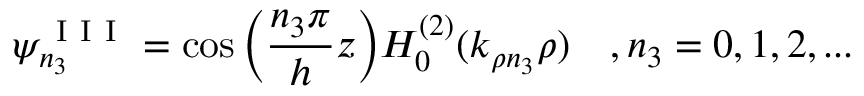
\psi _ { n _ { 3 } } ^ { \mathrm { ~ I ~ I ~ I ~ } } = \cos \Big ( \frac { n _ { 3 } \pi } { h } z \Big ) H _ { 0 } ^ { ( 2 ) } ( k _ { \rho n _ { 3 } } \rho ) \quad , n _ { 3 } = 0 , 1 , 2 , . . .